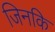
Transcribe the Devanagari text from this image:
जिनकि